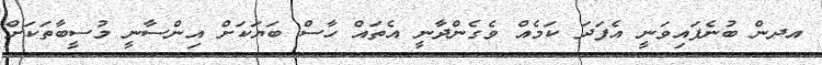
އދން ބުނެފައިވަނީ އެފަދަ ކަމެއް ވެގެންދާނީ އެތައް ހާސް ބަޔަކަށް އިންސާނީ މުސީބާތަކަށް